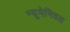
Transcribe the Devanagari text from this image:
न्यूमेनियस